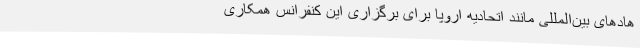
هادهای بین‌المللی مانند اتحادیه اروپا برای برگزاری این کنفرانس همکاری